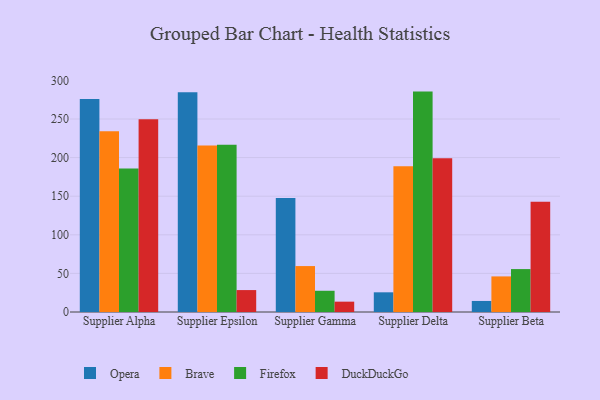
{"axis": {"x": "Supplier", "y": "Conversion Rate (%)"}, "legend": ["Brave", "DuckDuckGo", "Firefox", "Opera"], "data": [{"x": "Supplier Alpha", "y": 275.8, "type": "Opera"}, {"x": "Supplier Alpha", "y": 234.3, "type": "Brave"}, {"x": "Supplier Alpha", "y": 186.0, "type": "Firefox"}, {"x": "Supplier Alpha", "y": 249.7, "type": "DuckDuckGo"}, {"x": "Supplier Epsilon", "y": 284.7, "type": "Opera"}, {"x": "Supplier Epsilon", "y": 215.7, "type": "Brave"}, {"x": "Supplier Epsilon", "y": 216.6, "type": "Firefox"}, {"x": "Supplier Epsilon", "y": 28.4, "type": "DuckDuckGo"}, {"x": "Supplier Gamma", "y": 147.8, "type": "Opera"}, {"x": "Supplier Gamma", "y": 59.5, "type": "Brave"}, {"x": "Supplier Gamma", "y": 27.5, "type": "Firefox"}, {"x": "Supplier Gamma", "y": 13.4, "type": "DuckDuckGo"}, {"x": "Supplier Delta", "y": 25.5, "type": "Opera"}, {"x": "Supplier Delta", "y": 188.7, "type": "Brave"}, {"x": "Supplier Delta", "y": 285.5, "type": "Firefox"}, {"x": "Supplier Delta", "y": 199.2, "type": "DuckDuckGo"}, {"x": "Supplier Beta", "y": 14.3, "type": "Opera"}, {"x": "Supplier Beta", "y": 46.1, "type": "Brave"}, {"x": "Supplier Beta", "y": 55.6, "type": "Firefox"}, {"x": "Supplier Beta", "y": 142.9, "type": "DuckDuckGo"}]}